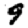
Digit: 9